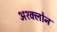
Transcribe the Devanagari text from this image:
अश्क्लोन